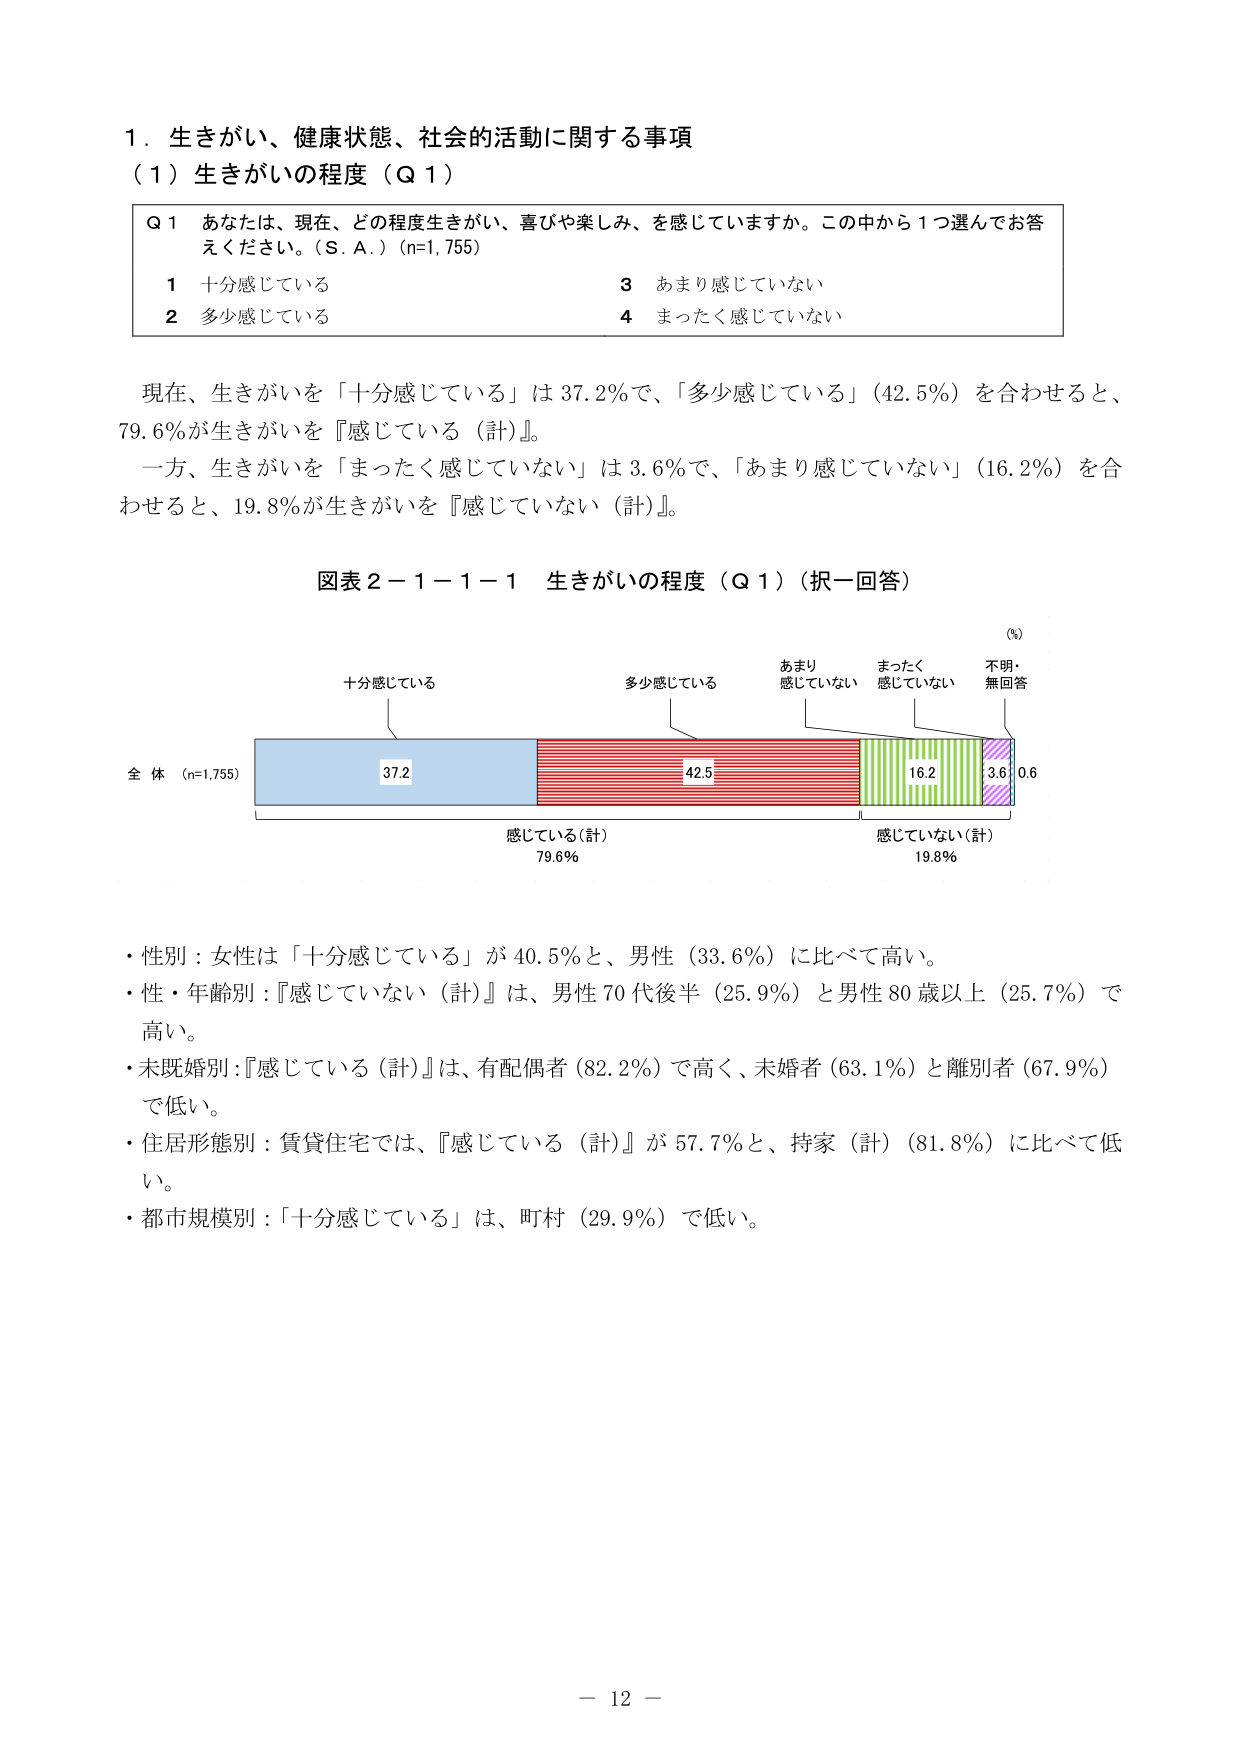
１．生きがい、健康状態、社会的活動に関する事項
（１）生きがいの程度（Ｑ１）

Ｑ１ あなたは、現在、どの程度生きがい、喜びや楽しみ、を感じていますか。この中から１つ選んでお答えください。（Ｓ．Ａ．）（n=1,755）
１ 十分感じている　　　　　　　　　　　　　　　　　３ あまり感じていない
２ 多少感じている　　　　　　　　　　　　　　　　　４ まったく感じていない

現在、生きがいを「十分感じている」は37.2％で、「多少感じている」（42.5％）を合わせると、79.6％が生きがいを『感じている（計）』。
一方、生きがいを「まったく感じていない」は3.6％で、「あまり感じていない」（16.2％）を合わせると、19.8％が生きがいを『感じていない（計）』。

図表２－１－１－１ 生きがいの程度（Ｑ１）（択一回答）

（％）
十分感じている　　　　　　　　　　　　　　　　　　　　多少感じている　　　　　　　　　　　　　　　　　　　　あまり感じていない　　　　　　　　　　　　　　　　　　まったく感じていない　　　　　　　　　　　　　　　　不明・無回答